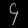
Digit: ၄